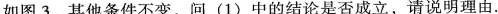
如图3，其他条件不变，问(1)中的结论是否成立，请说明理由。